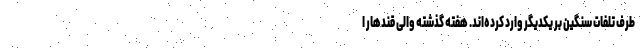
طرف تلفات سنگین بر یکدیگر وارد کرده‌اند. هفته گذشته والی قندهار ا